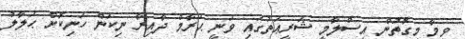
ވީމާ މިގޮތުން އިސްލާމީ ޝަރީޢަތުގައި ވަނީ ޙަރާމް ދާއިރާ ނިކަން ހަނިކޮށް ޙަލާލު